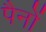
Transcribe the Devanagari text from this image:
पैनों